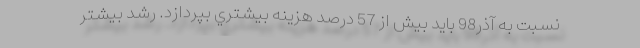
نسبت به آذر98 بايد بيش از 57 درصد هزينه بيشتري بپردازد. رشد بيشتر